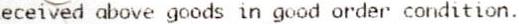
RECEIVED ABOVE GOODS IN GOOD ORDER CONDITION.